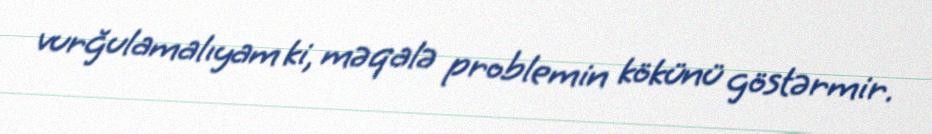
vurğulamalıyam ki, məqalə problemin kökünü göstərmir.